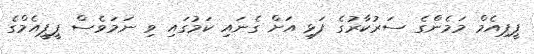
ޕީޕިއެމް މަމެންގެ ސަރުކާރުގެ ފަޅި އަށް ގެނައި ކަމުގައި ވި ނަމަވެސް ޕީޕީއެމްގެ